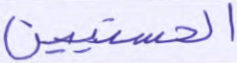
الحسنيين